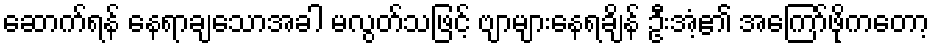
ဆောက်ရန် နေရာချသောအခါ မလွတ်သဖြင့် ဗျာများနေရချိန် ဦးအံ့၏ အကြော်ဖိုကတော့